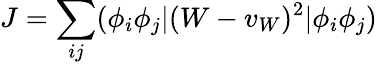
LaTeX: J=\sum_{ij}(\phi_{i}\phi_{j}|(W-v_{W})^{2}|\phi_{i}\phi_{j})